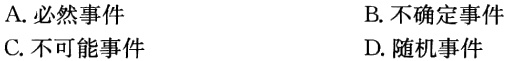
A. 必然事件
B. 不确定事件
C. 不可能事件
D. 随机事件